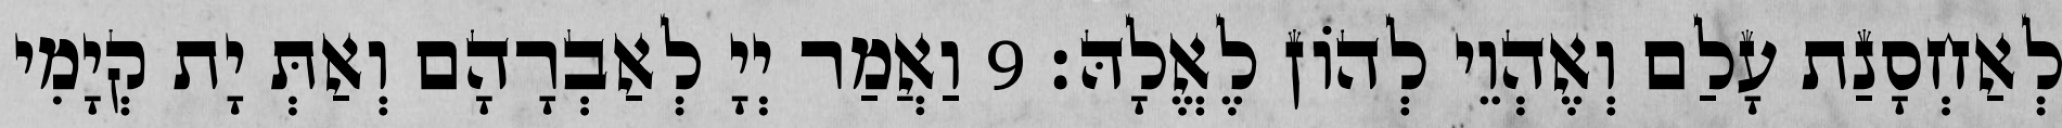
לְאַחְסָנַת עָלַם וְאֶהְוֵי לְהוֹן לֶאֱלָהּ׃ 9 וַאֲמַר יְיָ לְאַבְרָהָם וְאַתְּ יָת קְיָמִי